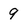
Character: 9